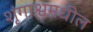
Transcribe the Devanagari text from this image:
शृंगाश्वमधील